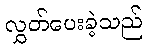
လွှတ်ပေးခဲ့သည်